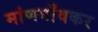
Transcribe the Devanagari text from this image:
मांणगाँवकर